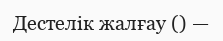
Дестелік жалғау () —